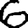
Digit: 6